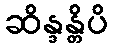
ဆိန္ဒန္တိပိ